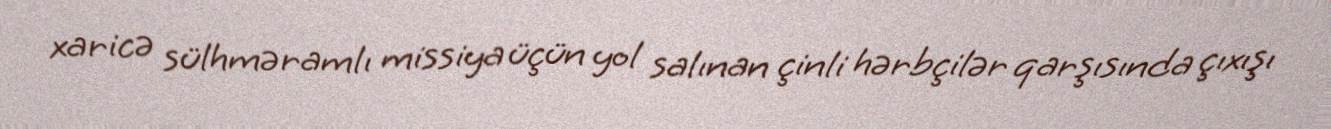
xaricə sülhməramlı missiya üçün yol salınan çinli hərbçilər qarşısında çıxışı